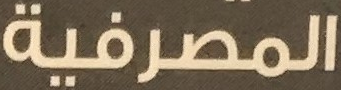
المصرفية